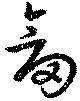
剣